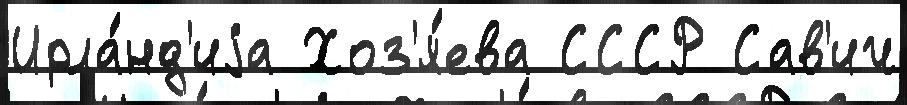
Ирла́нд'иjа Хоз'я́ева СССР Сав'ич